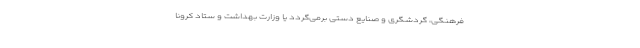
فرهنگی، گردشگری و صنایع دستی برمی‌گردد یا وزارت بهداشت و ستاد کرونا